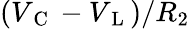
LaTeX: (V_{\mathrm{~C~}}-V_{\mathrm{~L~}})/R_{2}